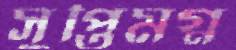
সুপ্তিমগ্ন